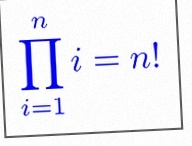
\prod_{i=1}^{n}i=n!